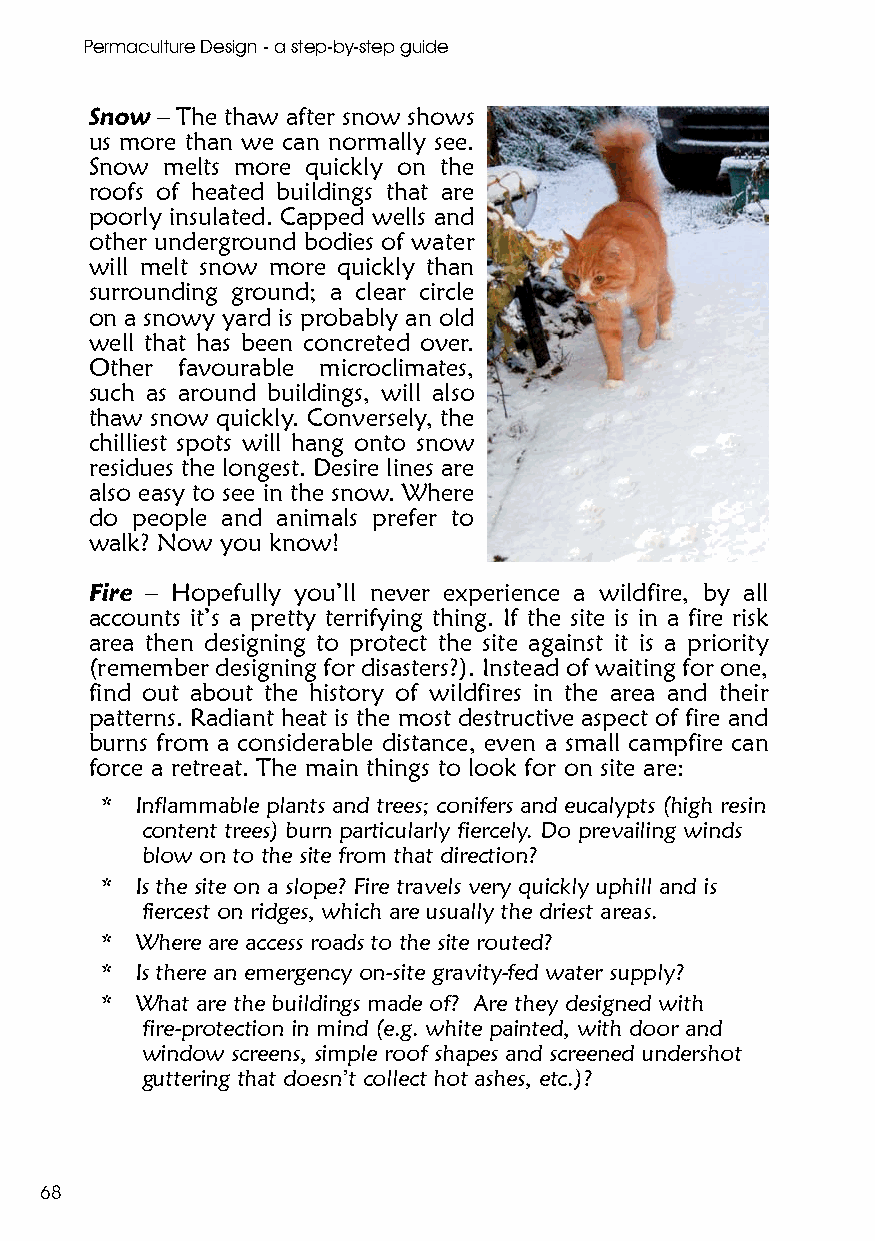
Permaculture Design - a step-by-step guide
 Snow – The thaw after snow shows
 us more than we can normally see.
 Snow melts more quickly on the
 roofs of heated buildings that are
 poorly insulated. Capped wells and
 other underground bodies of water
 will melt snow more quickly than
 surrounding ground; a clear circle
 on a snowy yard is probably an old
 well that has been concreted over.
 Other favourable microclimates,
 such as around buildings, will also
 thaw snow quickly. Conversely, the
 chilliest spots will hang onto snow
 residues the longest. Desire lines are
 also easy to see in the snow. Where
 do people and animals prefer to
 walk? Now you know!
 Fire – Hopefully you’ll never experience a wildfire, by all
 accounts it’s a pretty terrifying thing. If the site is in a fire risk
 area then designing to protect the site against it is a priority
 (remember designing for disasters?). Instead of waiting for one,
 find out about the history of wildfires in the area and their
 patterns. Radiant heat is the most destructive aspect of fire and
 burns from a considerable distance, even a small campfire can
 force a retreat. The main things to look for on site are:
 * Inflammable plants and trees; conifers and eucalypts (high resin
 content trees) burn particularly fiercely. Do prevailing winds
 blow on to the site from that direction?
 * Is the site on a slope? Fire travels very quickly uphill and is
 fiercest on ridges, which are usually the driest areas.
 * Where are access roads to the site routed?
 * Is there an emergency on-site gravity-fed water supply?
 * What are the buildings made of? Are they designed with
 fire-protection in mind (e.g. white painted, with door and
 window screens, simple roof shapes and screened undershot
 guttering that doesn’t collect hot ashes, etc.)?
 68